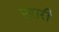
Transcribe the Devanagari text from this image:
पुरारी